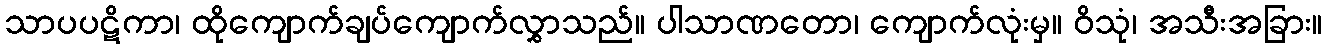
သာပပဋိကာ၊ ထိုကျောက်ချပ်ကျောက်လွှာသည်။ ပါသာဏတော၊ ကျောက်လုံးမှ။ ဝိသုံ၊ အသီးအခြား။